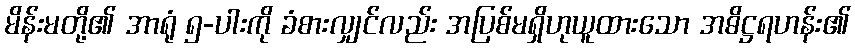
မိန်းမတို့၏ အာရုံ ၅-ပါးကို ခံစားလျှင်လည်း အပြစ်မရှိဟုယူထားသော အဓိဋ္ဌရဟန်း၏